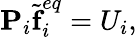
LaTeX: \textbf{P}_{i}\widetilde{\textbf{f}}_{i}^{eq}=U_{i},